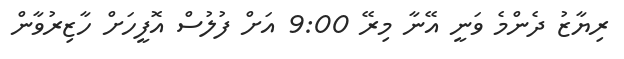
ރިޔާޒު ދެންމެ ވަނީ އޭނާ މިރޭ 9:00 އަށް ފުލުސް އޮފީހަށް ހާޒިރުވާން